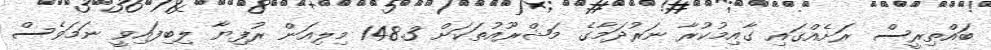
ބައްތިރީސް ރަށެއްގައި ގާއިމުކުރާ ނަރުދަމާގެ މަޝްރޫއުތަކަށް 148.3 މިލިއަން ރުފިޔާ ލިބިފައިވީ ނަމަވެސް